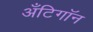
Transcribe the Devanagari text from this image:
अँटिगॉन